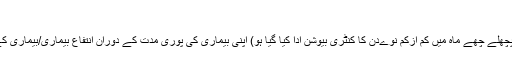
انتفاع بیماری
ایک تحفظ یافتہ شخص (جس کیلیئے پچھلے چھے ماہ میں کم ازکم نوےدن کا کنٹری بیوشن ادا کیا گیا ہو) اپنی بیماری کی پوری مدت کے دوران انتفاع بیماری/بیماری کے فوائد حاصل کرنے کا حقدار ہو گا۔